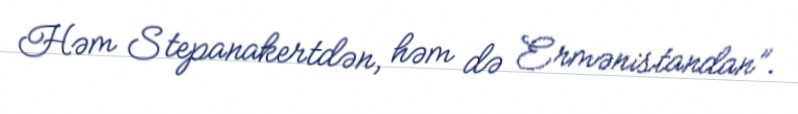
Həm Stepanakertdən, həm də Ermənistandan”.